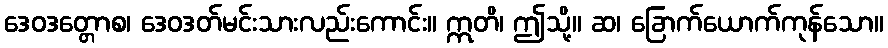
ဒေဝဒတ္တောစ၊ ဒေဝဒတ်မင်းသားလည်းကောင်း။ ဣတိ၊ ဤသို့။ ဆ၊ ခြောက်ယောက်ကုန်သော။